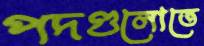
পদগুলোতে